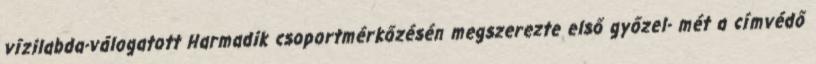
vízilabda-válogatott Harmadik csoportmérkőzésén megszerezte első győzel- mét a címvédő